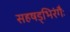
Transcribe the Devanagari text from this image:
सहषड्भिरंगैः